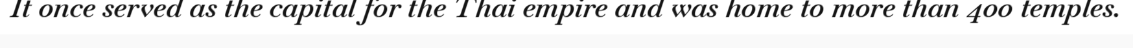
It once served as the capital for the Thai empire and was home to more than 400 temples.